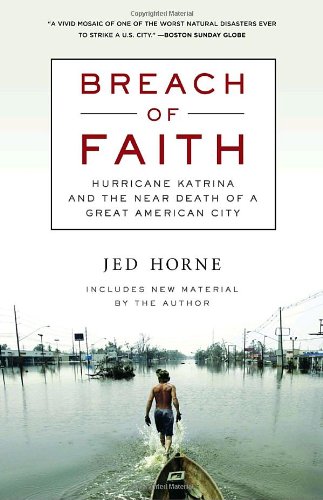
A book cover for Breach of Faith: Hurricane Katrina and the Near Death of a Great American City; Jed Horne; Science & Math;